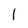
Character: 1